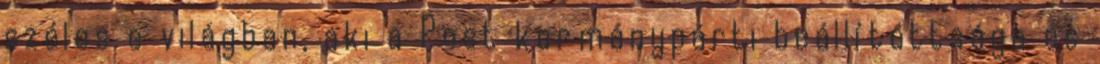
széles e világban, aki a Post kormánypárti beállítottsága és